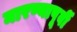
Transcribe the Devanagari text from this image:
मारण्यापूर्वी